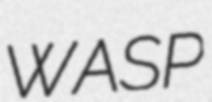
WASP